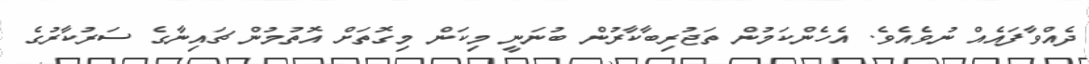
ދެއްވާފައެއް ނުވެއެވެ. އެހެންކަމުން ތަޖުރިބާކާރުން ބުނަނީ މިކަން މިގޮތަށް އޮތުމުން ޗައިނާގެ ސަރުކާރުގެ